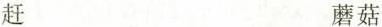
赶 蘑菇